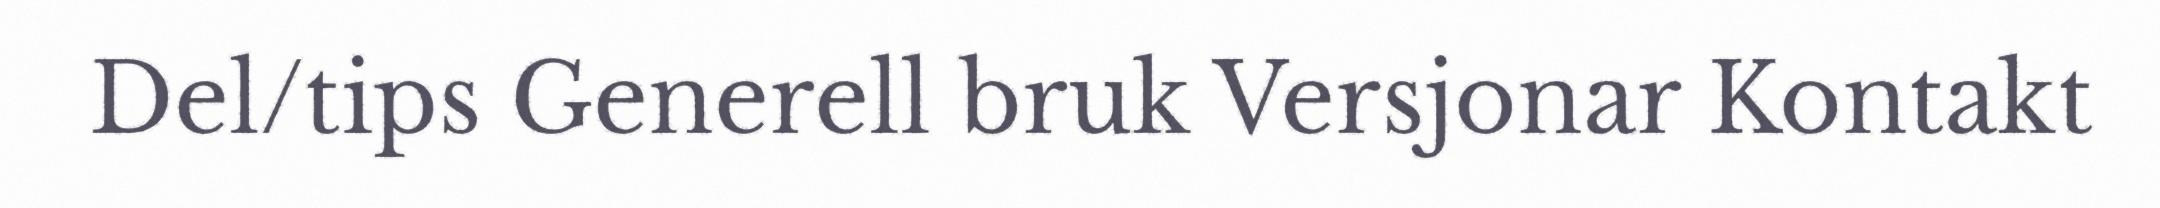
Del/tips Generell bruk Versjonar Kontakt